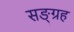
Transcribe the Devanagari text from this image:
सङ्ग्रह